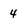
Character: 4